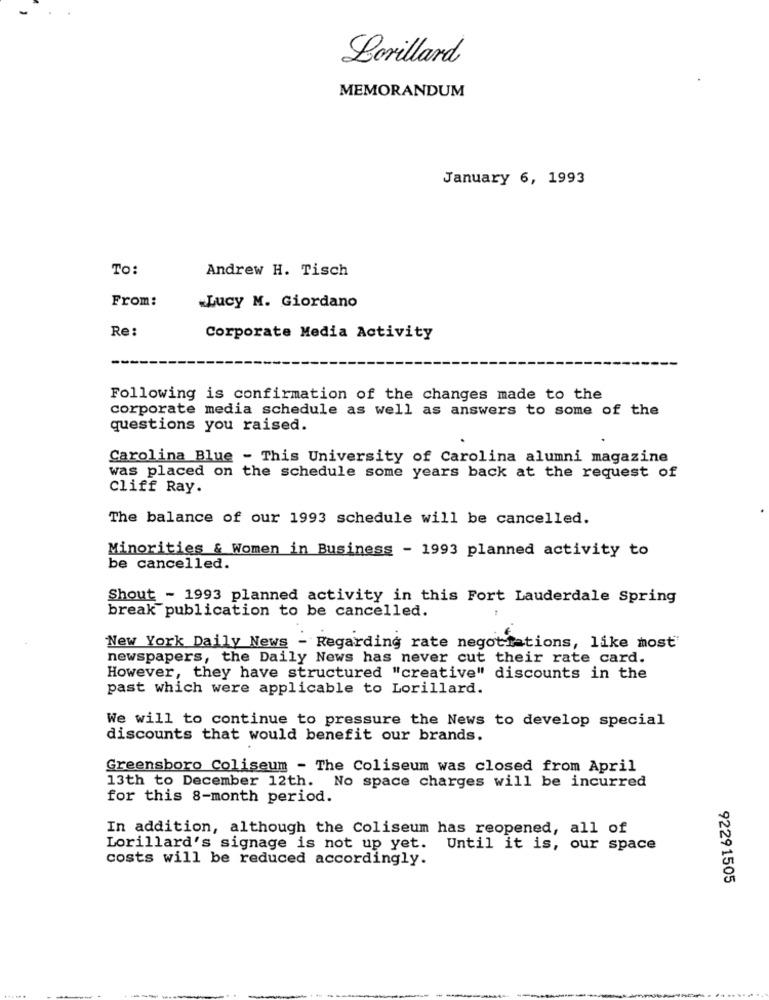
Lorillard
MEMORANDUM
January 6, 1993
To:
Andrew H. Tisch
From:
Lucy M. Giordano
Re:
Corporate Media Activity
Following is confirmation of the changes made to the
corporate media schedule as well as answers to some of the
questions you raised.
Carolina Blue - This University of Carolina alumni magazine
was placed on the schedule some years back at the request of
Cliff Ray.
The balance of our 1993 schedule will be cancelled.
Minorities & Women in Business - 1993 planned activity to
be cancelled.
Shout - 1993 planned activity in this Fort Lauderdale Spring
break publication to be cancelled.
New York Daily News - Regarding rate negotiations, like most
newspapers, the Daily News has never cut their rate card.
However, they have structured "creative" discounts in the
past which were applicable to Lorillard.
We will to continue to pressure the News to develop special
discounts that would benefit our brands.
Greensboro Coliseum - The Coliseum was closed from April
13th to December 12th. No space charges will be incurred
for this 8-month period.
In addition, although the Coliseum has reopened, all of
Lorillard's signage is not up yet. Until it is, our space
costs will be reduced accordingly.
92291505